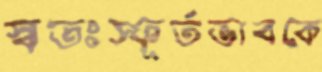
স্বতঃস্ফূর্তভাবকে